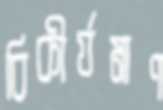
বিকীর্যমাণ